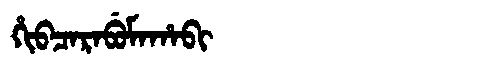
Manchu: ᡥᡳᠪᠴᠠᡵᠠᠪᡠᠮᠠᡥᠠᠪᡳ
Romanization: HIBCARABUMAHABI